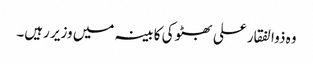
وہ ذوالفقار علی بھٹو کی کابینہ میں وزیر رہیں۔